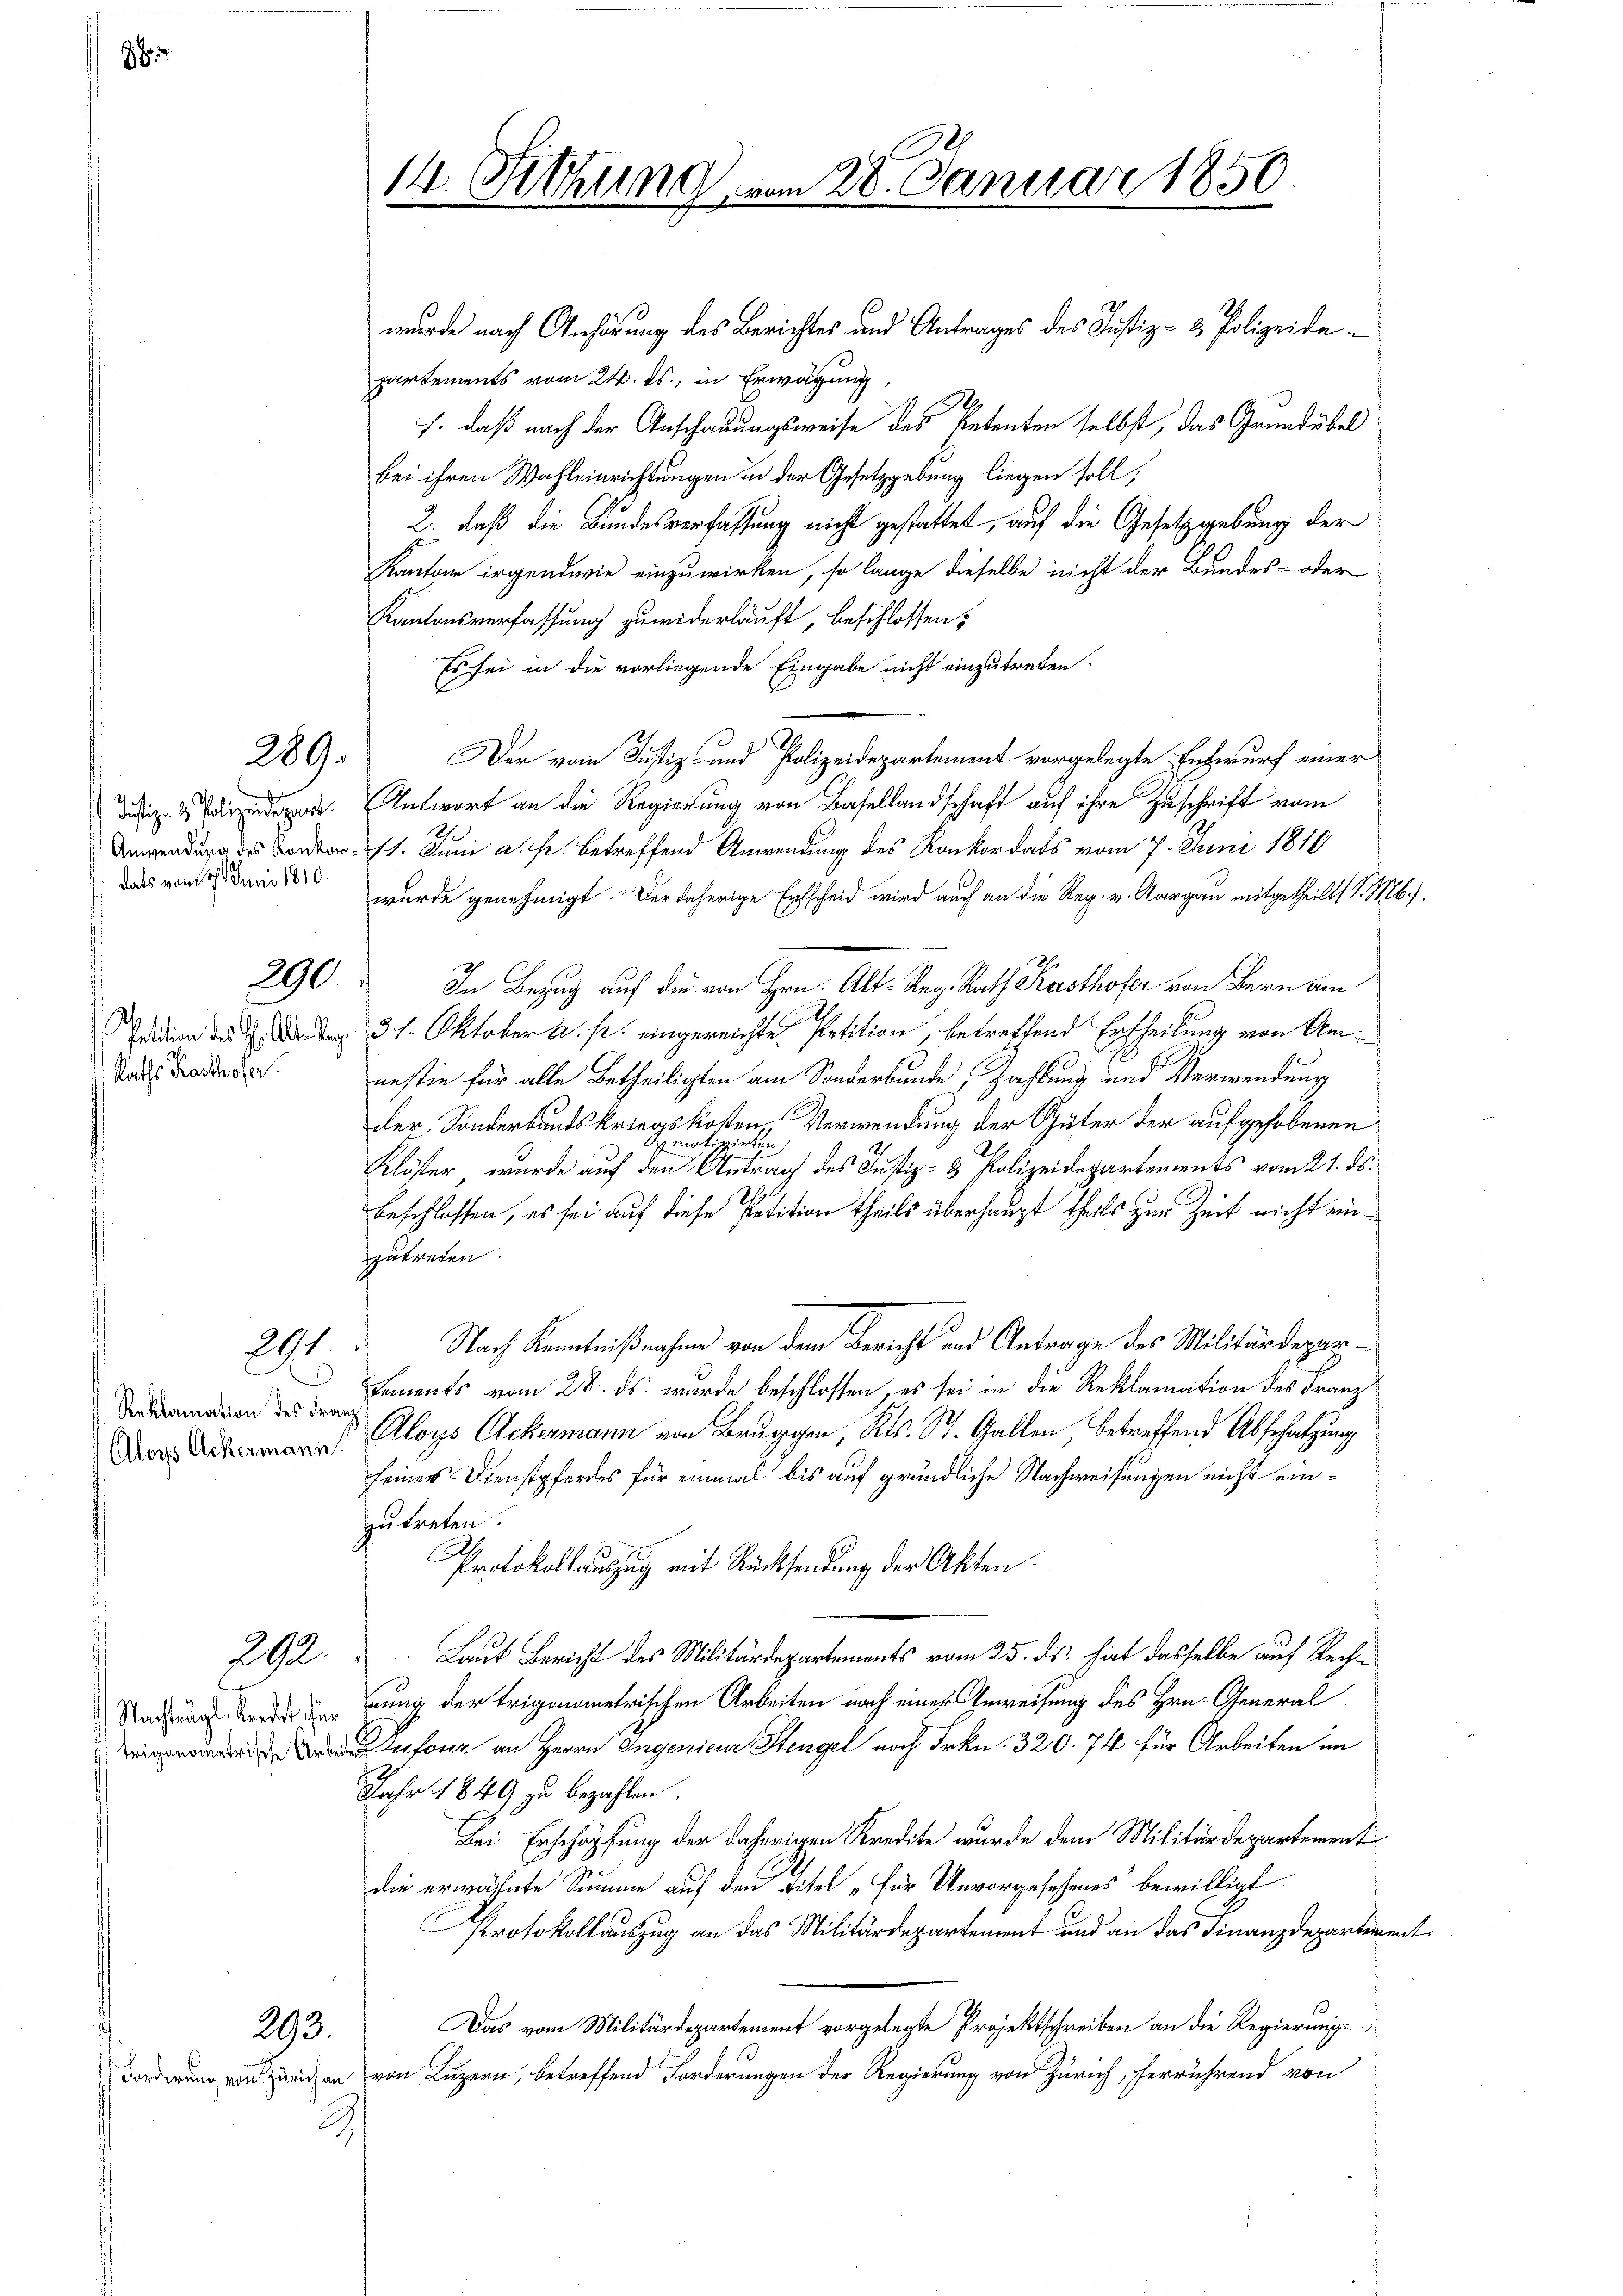
7

289.

dats vom 17. Juni 1810.

290.
Petition des H. Alter Reg

Raths Kasthofer

291.

Reklamation des Franz
Aloys Ackermann

Nachträgl. Kredit für
 trigonometrische Arbeiten

292.

293.

Forderung von Zürichen

3

14 Setzung vom 20. Januar 1850.

wurde nach Anhörung des Berichtes und Antrages des Justiz- & Polizeidepartements vom 24. ds., in Erwägung,
J. daß nach der Anschauungsweise des Petenten selbst, das Grundübel
bei ihren Wahleinrichtungen in der Gesetzgebung liegen soll,
2. daß die Bundesverfassung nicht gestattet, auf die Gesetzgebung der
Kantone irgendwie einzuwirken, so lange dieselbe nicht der Bundes- oder
Kantonsverfassung zuwiderläuft, beschlossen:
Es sei in die vorliegende Eingabe nicht einzutreten.
Der vom Justiz- und Polizeidepartement vorgelegte Entwurf einer
p. Antwort an die Regierung von Basellandschaft auf ihre Zuschrift vom
Anwendung des Kanton. 1. Juni a. fr. betreffend Anwendung des Konkordats vom 7. Juni 1810
wurde genehmigt. Der daherige Entscheid wird auch an die Reg. v. Aargau mitgetheilt, d. M.).
In Bezug auf die von Hrn. Alt-Reg. Rath Kasthofer von Bern bin
31. Oktober a. p. eingereichte Petition, betreffend Ertheilung von Amnestie für alle Betheiligten am Sonderbunde, Zahlung und Verwendung
der, Sonderbandskriegskosten, Verwendung der Spüter der aufgehobenen
motivirten
Klöster, wurde auf den Antrag des Justiz- & Polizeidepartements vom 21. ds.
1819.
beschlossen, es sei auf diese Petition theils überhaupt theils zur Zeit nicht eizutreten.
Nach Kenntnißnahme von dem Bericht und Antrage des Militärdepartements vom 28. ds. wurde beschlossen, es sei in die Reklamation des Franz
Aloys Ackermann von Bruggen, Kts. St. Gallen betreffend Abschatzung
seines Dienstpferdes für einmal bis auf gründliche Nachweisungen nicht einzu treten.
.
Protokollauszug mit Rücksendung der Akten.
Laut Bericht des Militärdepartements vom 25. ds. hat dasselbe auf Rechrung der trigonometrischen Arbeiten nach eines Erweisung des Hrn. General
Dufour an Herrn Ingenieur Stengel nach Frkn. 320. 74 für Arbeiten im
JJahr 1849 zu bezahlen.
Bei Erschöpfung der daherigen Kredite wurde dem Militärdepartement
die erwähnte Summe auf den Titel „für Unvorgesehenes bewilligt.
Protokollauszug an das Militärdepartement und an das Finanzdepartement
Das vom Militärdepartement vorgelegte Projektschreiben an die Regierung
von Luzern, betreffend Forderungen der Regierung von Zürich, herrührend von